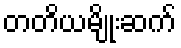
တတိယမျိုးဆက်